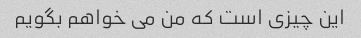
این چیزی است که من می خواهم بگویم